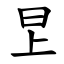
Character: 㫔